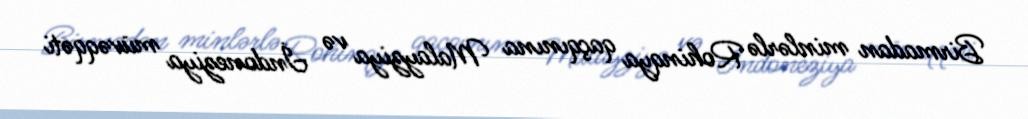
Birmadan minlərlə Rohinqya qaçqınına Malayziya və İndoneziya müvəqqəti